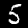
Digit: 5